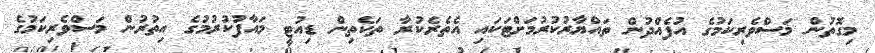
މިގޮތުން މަސްވެރިކަމުގެ އުފެއްދުން ތައްޔާރުކުރުމަށްޓަކައި އެތެރެކުރާ ތަކެތިން ޑިއުޓީ މައާފުކުރުމުގެ އިތުރުން މަސްވެރިކަމުގެ